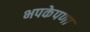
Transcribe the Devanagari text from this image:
भपकेपणा